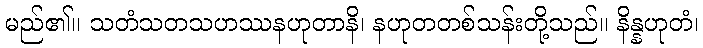
မည်၏။ သတံသတသဟဿနဟုတာနိ၊ နဟုတတစ်သန်းတို့သည်။ နိန္နဟုတံ၊